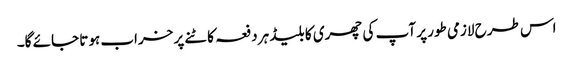
اس طرح لازمی طور پر آپ کی چھری کا بلیڈ ہر دفعہ کاٹنے پر خراب ہوتا جائے گا۔